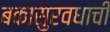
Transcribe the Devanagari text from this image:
बकासुरवधाची